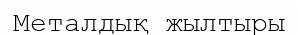
Металдық жылтыры